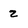
Character: 2